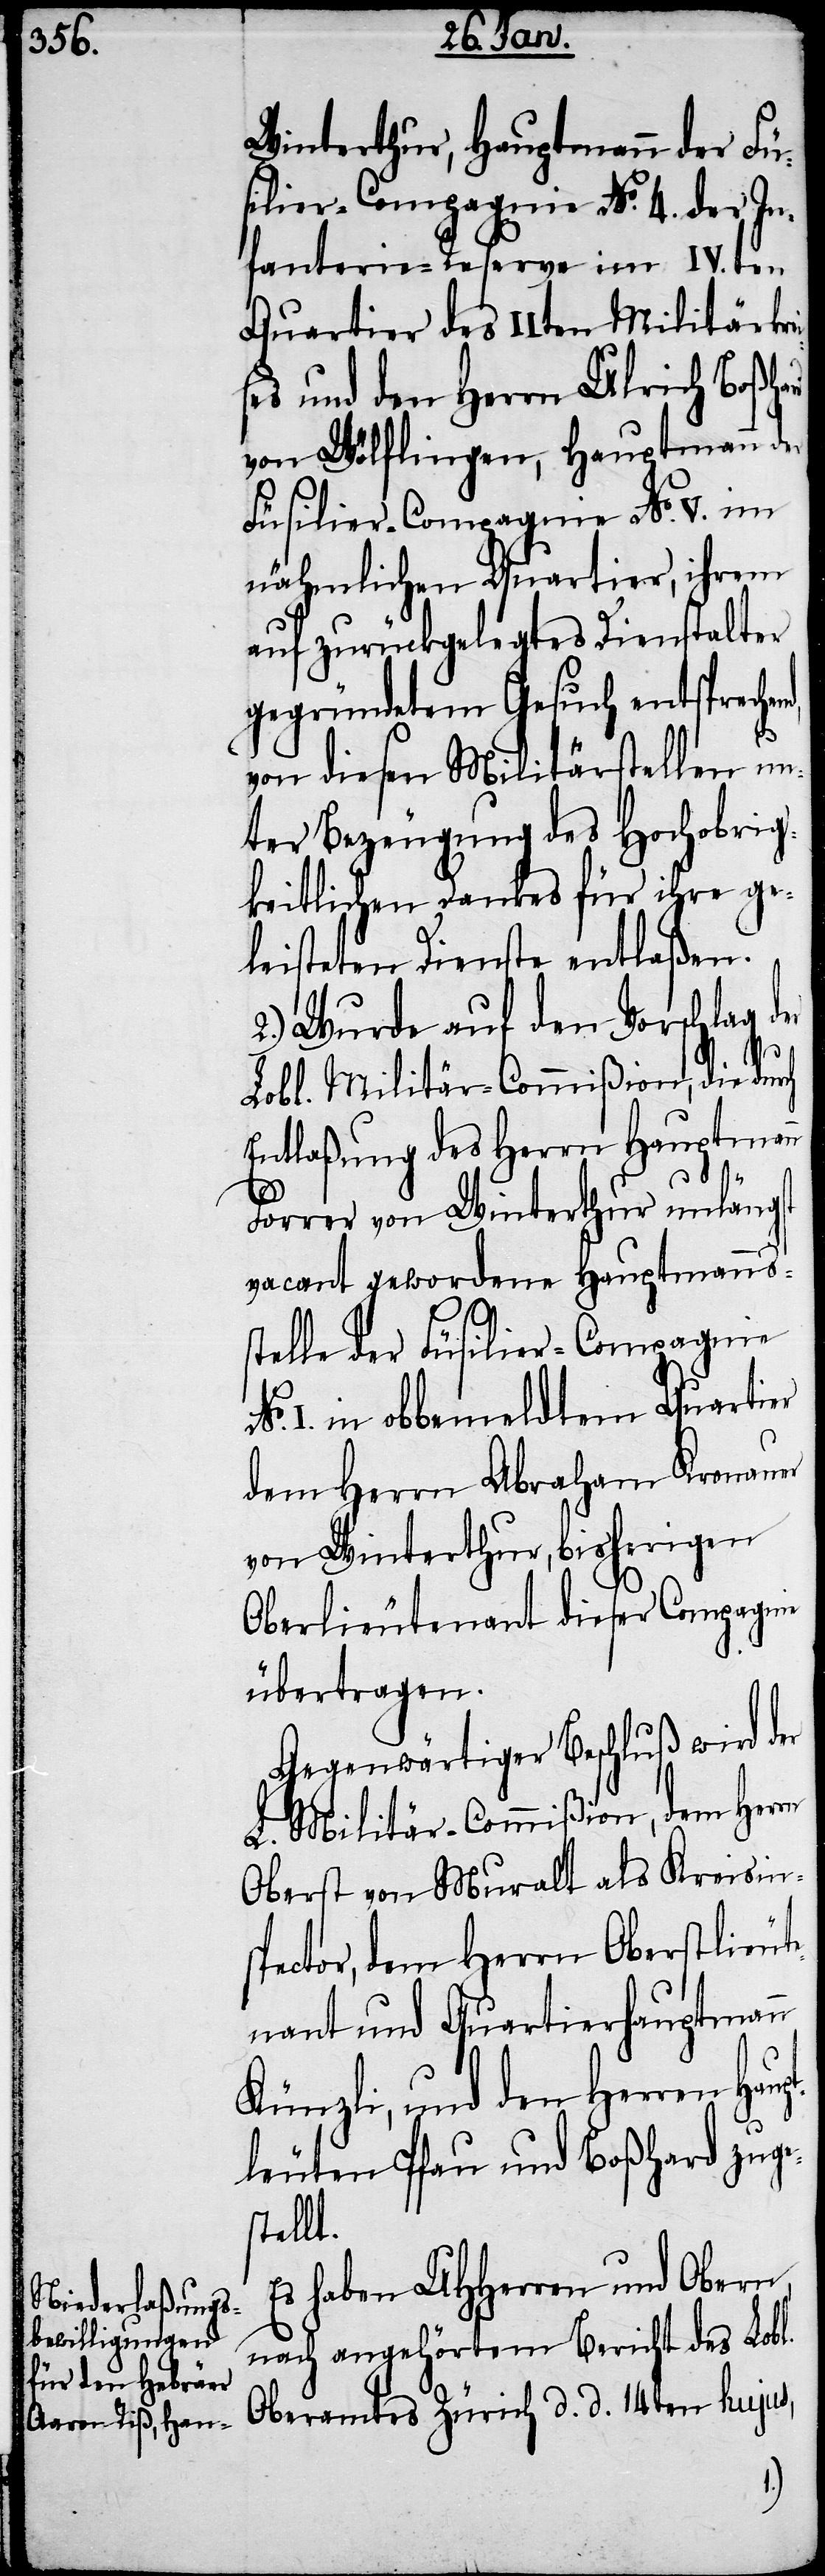
Winterthur, Hauptmann der Fü¬
silier-Compagnie No. 4. der In¬
fanterie-Reserve im IVten
Quartier des IIten Militärkrei¬
ses und den Herrn Ulrich Boßha¬
von Wülflingen, Hauptmann
Füsilier-Compagnie No. V. im
nähmlichen Quartier, ihrem
auf zurückgelegtes Dienstalter
gegründetem Gesuch entsprechen¬
von diesen Militärstellen un¬
ter Bezeugung des Hochobrig¬
keitlichen Dankes für ihre ge¬
leisteten Dienste entlaßen.
2.) Wurde auf den Vorschlag der
Lobl. Militär-Commißion, die durch
Entlaßung des Herrn Hauptmann
Forrer von Winterthur unlängst
vacant gewordene Hauptmannss¬
telle der Füsilier-Comagnie
I. in obbemeldtem Quartier
dem Herrn Abraham Kronauer
von Winterthur, bisherigen
Oberlieutenant dieser Compagnie
übertragen.
Gegenwärtiger Beschluß wird der
L. Militär-Commißion, dem Herrn
Oberst von Muralt als Kreisins¬
pector, dem Herrn Oberstlieut¬
enant und Quartierhauptmann
Künzli, und den Herren Hau¬
tleuten Pfau und Boßhard zuge¬
tellt.
Es haben UHHerren und Obern,
nach angehörtem Bericht des Lobl.
Oberamtes Zürich d. d. 14ten hujus,
s¬